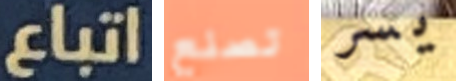
اتباع تصنع يسر